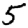
Digit: 5